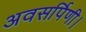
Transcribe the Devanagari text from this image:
अवसर्पिणी।